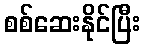
စစ်ဆေးနိုင်ပြီး